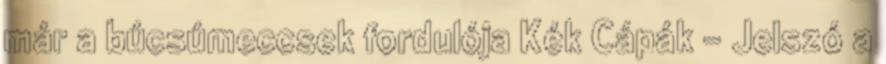
már a búcsúmeccsek fordulója Kék Cápák – Jelszó a